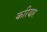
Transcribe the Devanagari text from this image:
करियार